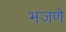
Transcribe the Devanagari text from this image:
भजणे